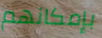
بإمكانهم